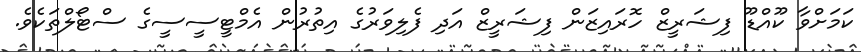
ކަމަށްވާ ކޫއްޑޫ ފިޝަރީޒް ހޮރައިޒަން ފިޝަރީޒް އަދި ފެލިވަރުގެ އިތުރުން އެމްޓީސީސީގެ ސްޓޯލްތަކެވެ.